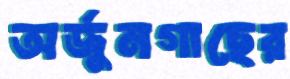
অর্জুনগাছের